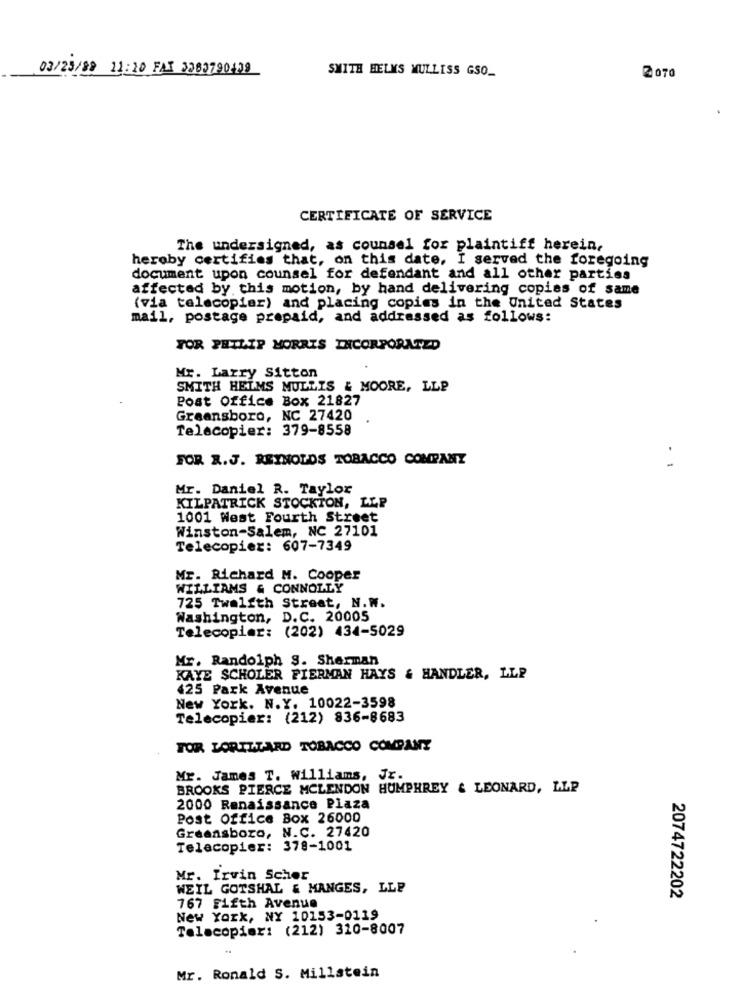
03/23/82 11:20 FAX 3283790439
SMITH HELMS MULLISS GSO.
2 070
CERTIFICATE OF SERVICE
The undersigned, as counsel for plaintiff herein.
heroby certifies that, on this date, I served the foregoing
document upon counsel for defendant and all other parties
affected by this motion, by hand delivering copies of same
(via telecopiar) and placing copies in the United States
mail, postage prepaid, and addressed as follows:
TOR PHILIP MORRIS INCORPORATED
Mr. Larry Sitton
SMITH HELMS MULLIS & MOORE, LLP
Post Office Box 21827
Greensboro, NC 27420
Telecopier: 379-8558
FOR R.J. REYNOLDS TOBACCO COMPANY
. 1
Mr. Daniel R. Taylor
KILPATRICK STOCKTON, LEP
1001 West Fourth Street
Winston-Salem, NC 27101
Telecopier: 607-7349
Mr. Richard M. Cooper
WILLIAMS & CONNOLLY
725 Twelfth Street, N.W.
Washington, D.C. 20005
Telecopiar: (202) 434-5029
Mr. Randolph S. Sherman
KAYE SCHOLER FIERMAN HAYS & HANDLER, LLP
425 Park Avenue
New York. N.Y. 10022-3598
Telecopier: (212) 836-8683
TOR LORILLARD TOBACCO COMPANY
Mr. James T. Williams, Jr.
BROOKS PIERCE MCLENDON HUMPHREY & LEONARD, LLP
2000 Renaissance Plaza
Post Office Box 26000
Greensboro, N.C. 27420
Telecopier: 378-1001
Mr. Irvin Scher
WEIL GOTSHAL & MANGES, LLE
767 Fifth Avenue
2074722202
New York, NY 10153-0119
Telecopier: (212) 320-8007
Mr. Ronald S. Millstein